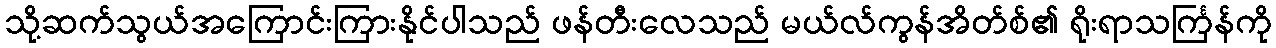
သို့ဆက်သွယ်အကြောင်းကြားနိုင်ပါသည် ဖန်တီးလေသည် မယ်လ်ကွန်အိတ်စ်၏ ရိုးရာသင်္ကြန်ကို